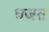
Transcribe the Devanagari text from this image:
धजत